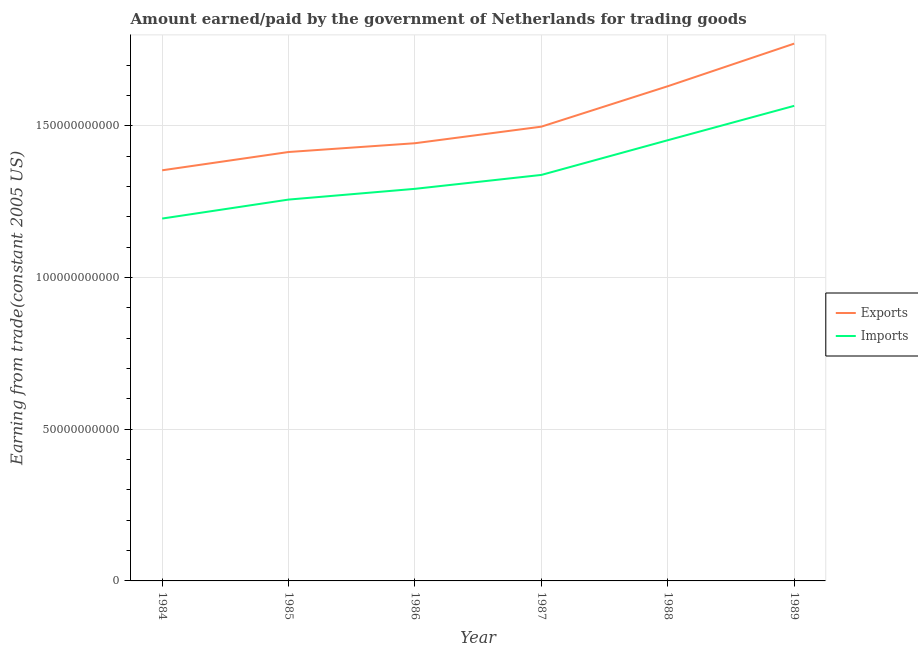
| Year | Exports | Imports |
 | --- | --- | --- |
 | 1984 | 1.35e+11 | 1.19e+11 |
 | 1985 | 1.41e+11 | 1.26e+11 |
 | 1986 | 1.44e+11 | 1.29e+11 |
 | 1987 | 1.5e+11 | 1.34e+11 |
 | 1988 | 1.63e+11 | 1.45e+11 |
 | 1989 | 1.77e+11 | 1.57e+11 |